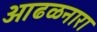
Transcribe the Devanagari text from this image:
आढळनारा